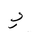
Letter: _ya